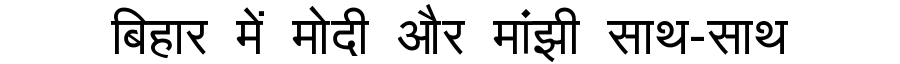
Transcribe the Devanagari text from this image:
बिहार में मोदी और मांझी साथ-साथ